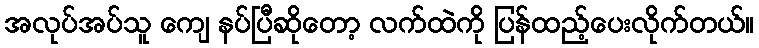
အလုပ်အပ်သူ ကျေ နပ်ပြီဆိုတော့ လက်ထဲကို ပြန်ထည့်ပေးလိုက်တယ်။